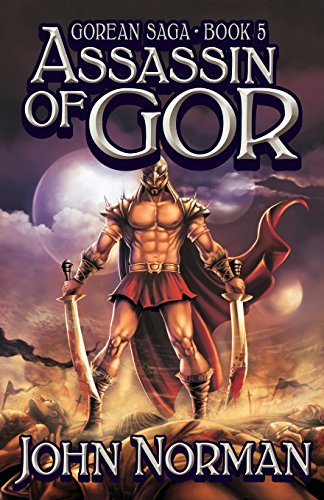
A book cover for Assassin of Gor (Gorean Saga); John Norman; Romance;